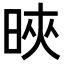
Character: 𣇍